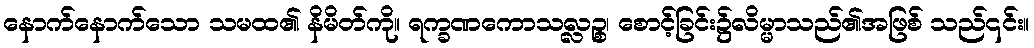
နောက်နောက်သော သမထ၏ နိမိတ်ကို။ ရက္ခဏကောသလ္လဉ္စ၊ စောင့်ခြင်း၌လိမ္မာသည်၏အဖြစ် သည်၎င်း။